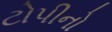
ટોપીનો